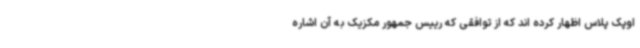
اوپک پلاس اظهار کرده اند که از توافقی که رییس جمهور مکزیک به آن اشاره